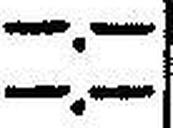
—.—